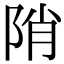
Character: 陗